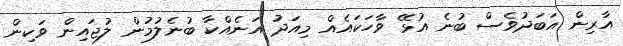
އާރިން އަބަދުވެސް ބުނެ އުޅޭ ވާހަކައެއް މިއަދު އަނެއްކާ ބުނެލުމުން ލުޖައިން ވަކިން